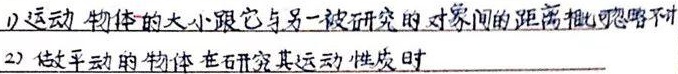
1) 运动物体的大小跟它与另一被研究的对象间的距离相比可忽略不计。
2) 做平动的物体在研究其运动性质时。